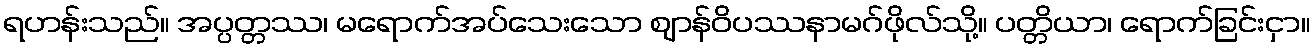
ရဟန်းသည်။ အပ္ပတ္တဿ၊ မရောက်အပ်သေးသော ဈာန်ဝိပဿနာမဂ်ဖိုလ်သို့။ ပတ္တိယာ၊ ရောက်ခြင်းငှာ။